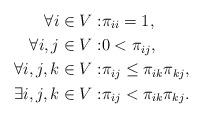
LaTeX: \begin{align*} \forall i \in V:&\pi_{ii}=1,\\ \forall i,j \in V:&0<\pi_{ij},\\ \forall i,j,k \in V:&\pi_{ij} \leq \pi_{ik}\pi_{kj},\\ \exists i,j,k \in V:&\pi_{ij} < \pi_{ik}\pi_{kj}.\end{align*}